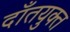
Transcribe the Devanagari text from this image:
दाँतयुक्त